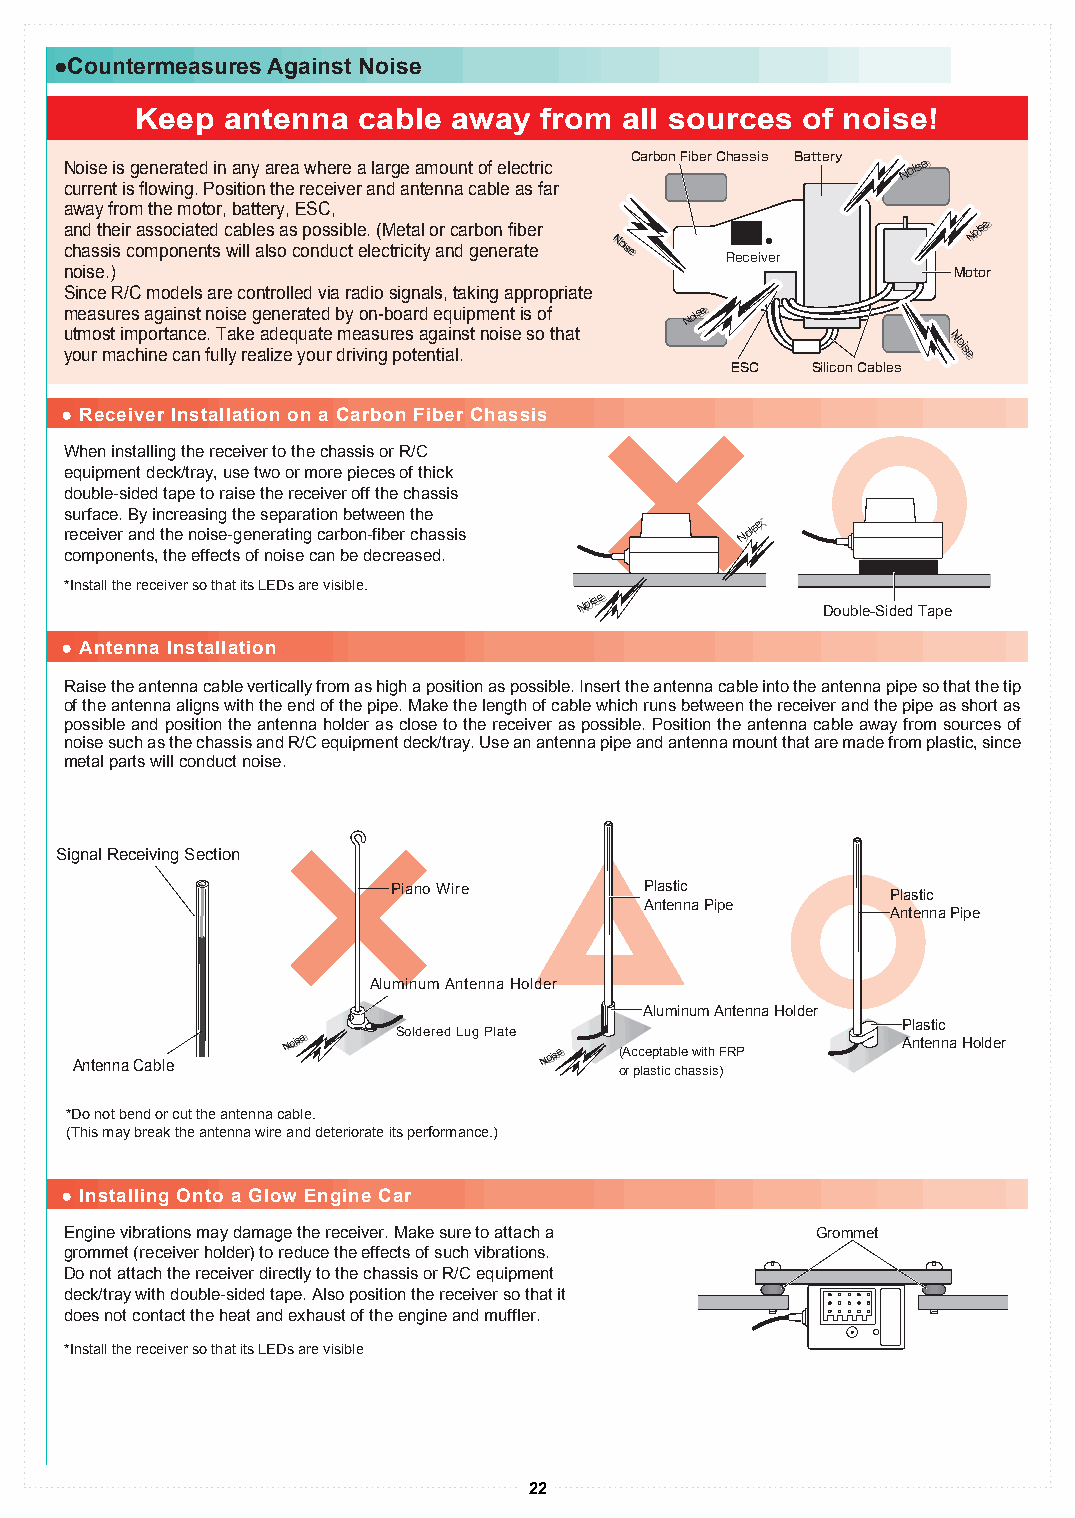
●Countermeasures Against Noise
 Keep  antenna  cable away  from all sources of noise!
 Noise is generated in any area where a large amount of electric Carbon Fiber Chassis Battery NNoioissee
 current is flowing. Position the receiver and antenna cable as far
 away from the motor, battery, ESC,
 and their associated cables as possible. (Metal or carbon fiber NNoioissee
 chassis components will also conduct electricity and generate NNooiissee
 Receiver
 noise.)                                                    Motor
 Since R/C models are controlled via radio signals, taking appropriate
 measures against noise generated by on-board equipment is of NNoioissee
 utmost importance. Take adequate measures against noise so that
 your machine can fully realize your driving potential.
 ESC   Silicon Cables
 NNooiissee
 ● Receiver Installation on a Carbon Fiber Chassis
 When installing the receiver to the chassis or R/C
 equipment deck/tray, use two or more pieces of thick
 double-sided tape to raise the receiver off the chassis
 surface. By increasing the separation between the
 receiver and the noise-generating carbon-fiber chassis
 Nノoiイseズ
 components, the effects of noise can be decreased.
 *Install the receiver so that its LEDs are visible.
 NNoioissee
 Double-Sided Tape
 ● Antenna Installation
 Raise the antenna cable vertically from as high a position as possible. Insert the antenna cable into the antenna pipe so that the tip
 of the antenna aligns with the end of the pipe. Make the length of cable which runs between the receiver and the pipe as short as
 possible and position the antenna holder as close to the receiver as possible. Position the antenna cable away from sources of
 noise such as the chassis and R/C equipment deck/tray. Use an antenna pipe and antenna mount that are made from plastic, since
 metal parts will conduct noise.
 Signal Receiving Section
 Piano Wire       Plastic         Plastic
 Antenna Pipe
 Antenna Pipe
 Aluminum Antenna Holder
 Aluminum Antenna Holder
 Plastic
 Antenna Cable
 NNoioissee Soldered Lug Plate
 NNoioissee ( oA
 r
 c pc lae sp tt ia cb cle
 h
 aw si sth
 is
 )FRP
 Antenna Holder
 *Do not bend or cut the antenna cable.
 (This may break the antenna wire and deteriorate its performance.)
 ● Installing Onto a Glow Engine Car
 Engine vibrations may damage the receiver. Make sure to attach a Grommet
 grommet (receiver holder) to reduce the effects of such vibrations.
 Do not attach the receiver directly to the chassis or R/C equipment
 deck/tray with double-sided tape. Also position the receiver so that it
 does not contact the heat and exhaust of the engine and muffler.
 *Install the receiver so that its LEDs are visible
 22